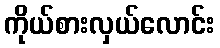
ကိုယ်စားလှယ်လောင်း